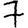
Digit: 7